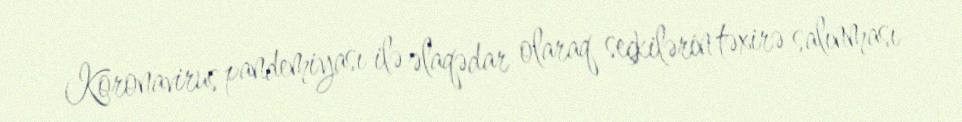
Koronavirus pandemiyası ilə əlaqədar olaraq seçkilərin təxirə salınması